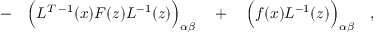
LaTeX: \qquad - \quad \Bigl ( L ^ { T \; - 1 } ( x ) F ( z ) L ^ { - 1 } ( z ) \Bigr ) _ { \alpha \beta } \quad + \quad \Bigl ( f ( x ) L ^ { - 1 } ( z ) \Bigr ) _ { \alpha \beta } \quad ,